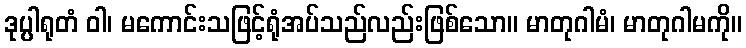
ဒုပ္ပါရုတံ ဝါ၊ မကောင်းသဖြင့်ရုံအပ်သည်လည်းဖြစ်သော။ မာတုဂါမံ၊ မာတုဂါမကို။